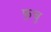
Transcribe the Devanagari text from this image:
फुचु